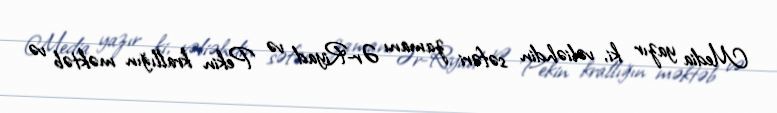
Media yazır ki, vəliəhdin səfəri zamanı Ər-Riyad və Pekin krallığın məktəb və